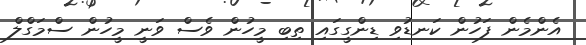
އެންމެން ފަހުން ކަނޑުވި ޑިންގީގައި ތިބި މީހުން ވެސް ވަނީ މީހުން ސްމަގްލް